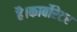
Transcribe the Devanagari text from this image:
है।कार्बोरेटर